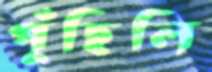
পুঁছিলি